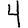
Digit: 4